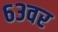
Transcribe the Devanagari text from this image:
६३वर